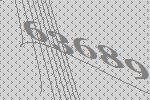
63689